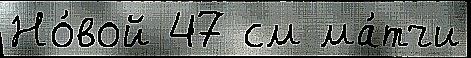
Но́вой 47 см ма́тчи